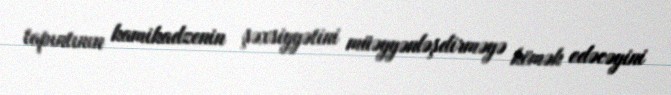
tapıntının kamikadzenin şəxsiyyətini müəyyənləşdirməyə kömək edəcəyini